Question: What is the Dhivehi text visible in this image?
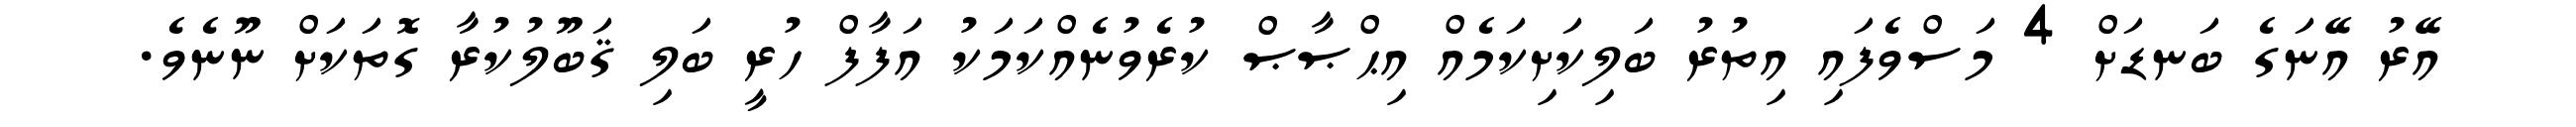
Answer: އޭރު އޭނަގެ ބަނޑަށް 4 މަސްވެފައި އިތުރު ބަލިކަށިކަމެއް އިޙްޞާޞް ކުރެވުނެއްކަމަކު އަފާފް ހުރީ ބަލި ޤަބޫލުކުރާ ގޮތަކަށް ނޫނެވެ.